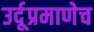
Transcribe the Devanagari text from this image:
उर्दूप्रमाणेच